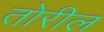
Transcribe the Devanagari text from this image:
तोरील